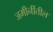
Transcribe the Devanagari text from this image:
जमीनींतील